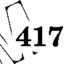
417